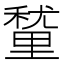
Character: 𮡚